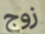
زوج